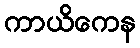
ကာယိကေန